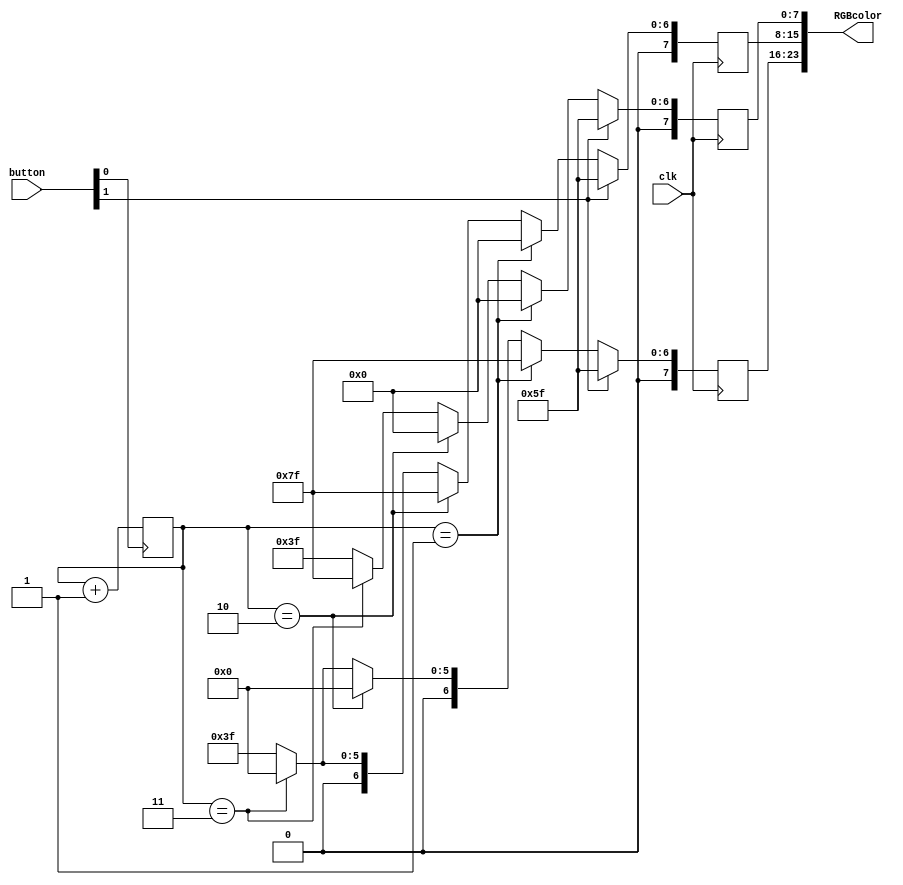
module RGB_color_set(
	input clk,
	input [1:0] button,
	output [23:0] RGBcolor
    );
	reg [1:0] cunt = 2'd0;
	reg [7:0] red;
	reg [7:0] gre;
	reg [7:0] blu;
	always @ (posedge button[0])
		begin
				cunt <= cunt+1;
		end
	always @ (posedge clk)
		begin
		if(button[1]) begin
			red <= 8'b01011111;
			gre <= 8'b01011111;
			blu <= 8'b01011111;
		end
		else if (cunt == 1)begin
			red <= 8'b01111111;
			gre <= 8'b00000000;
			blu <= 8'b00000000;
			end
		else if (cunt == 2)begin
			red <= 8'b00000000;
			gre <= 8'b01111111;
			blu <= 8'b00000000;
			end
		else if (cunt == 3)begin
			red <= 8'b00000000;
			gre <= 8'b00000000;
			blu <= 8'b01111111;
			end
		else begin
			red <= 8'b00111111;
			gre <= 8'b00111111;
			blu <= 8'b00111111;
			end
		end
	assign RGBcolor = {red, gre, blu};
endmodule